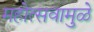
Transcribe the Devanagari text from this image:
महोत्सवामुळे